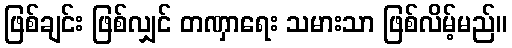
ဖြစ်ချင်း ဖြစ်လျှင် တဏှာရေး သမားသာ ဖြစ်လိမ့်မည်။